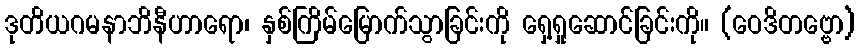
ဒုတိယဂမနာဘိနီဟာရော၊ နှစ်ကြိမ်မြောက်သွာခြင်းကို ရှေ့ရှုဆောင်ခြင်းကို။ (ဝေဒိတဗ္ဗော)